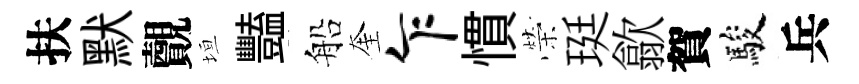
扶默覿垣豔船奎乍慣榮珽歙賀駿兵